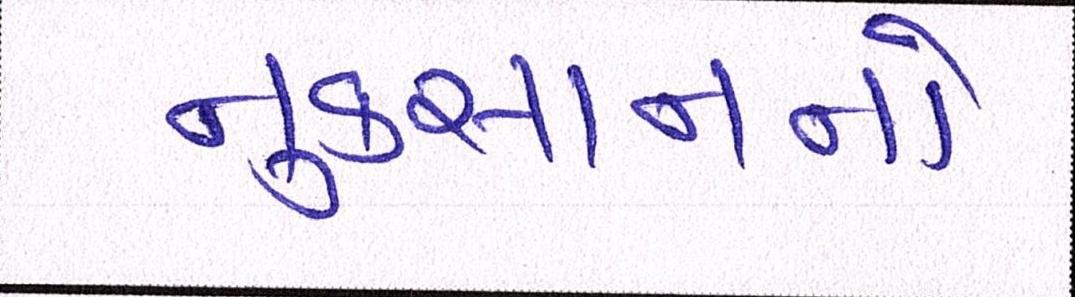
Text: નુકસાનનો